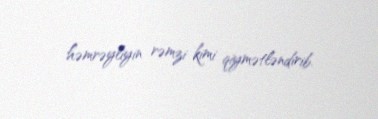
həmrəyliyin rəmzi kimi qiymətləndirib.